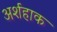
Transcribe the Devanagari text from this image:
अर्शहाक